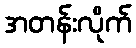
အတန်းလိုက်